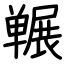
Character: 冁